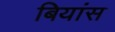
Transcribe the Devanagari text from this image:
बियांस